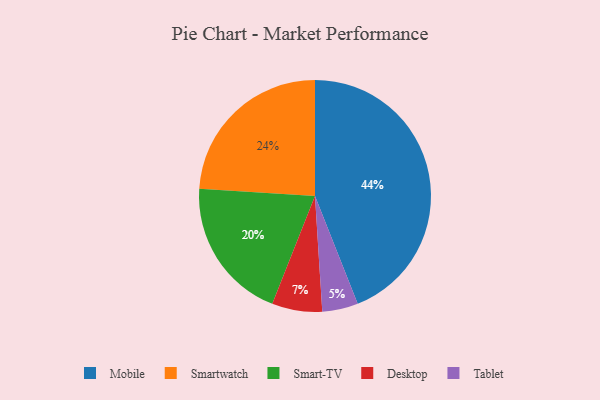
{"axis": {"x": "Category", "y": "Percentage"}, "legend": ["Desktop", "Mobile", "Smart-TV", "Smartwatch", "Tablet"], "data": [{"x": "Desktop", "y": 7, "type": "Desktop"}, {"x": "Smartwatch", "y": 24, "type": "Smartwatch"}, {"x": "Tablet", "y": 5, "type": "Tablet"}, {"x": "Smart-TV", "y": 20, "type": "Smart-TV"}, {"x": "Mobile", "y": 44, "type": "Mobile"}]}